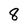
Character: 8